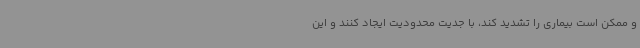
و ممکن است بیماری را تشدید کند، با جدیت محدودیت ایجاد کنند و این